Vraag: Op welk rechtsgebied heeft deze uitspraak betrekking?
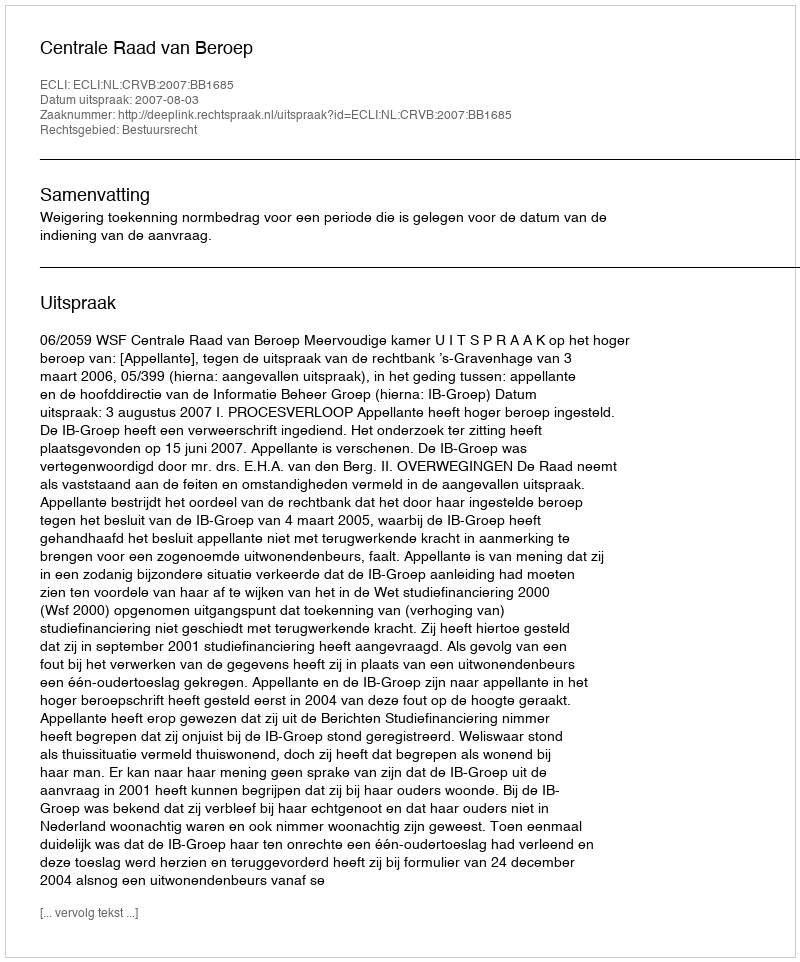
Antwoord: Bestuursrecht